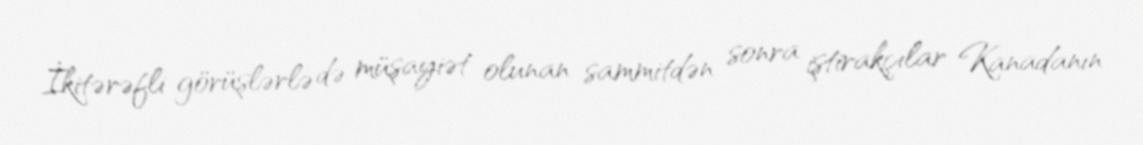
İkitərəfli görüşlərlə də müşayiət olunan sammitdən sonra iştirakçılar Kanadanın